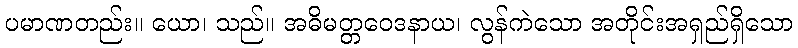
ပမာဏတည်း။ ယော၊ သည်။ အဓိမတ္တဝေဒနာယ၊ လွန်ကဲသော အတိုင်းအရှည်ရှိသော